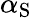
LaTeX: \alpha_{\mathrm{S}}